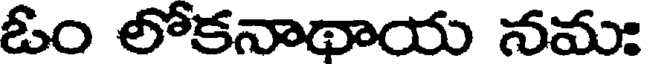
ఓం లోకనాథాయ నమః